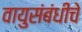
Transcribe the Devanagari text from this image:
वायुसंबंधीचे